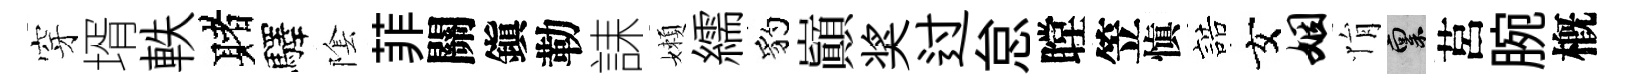
穿壻軼赌驛隂菲關鎭勒誄嬾繻豹巔奖过怠瞠笠愼誥女姻悁禀莒腕槪